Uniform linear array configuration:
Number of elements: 8
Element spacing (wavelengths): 1
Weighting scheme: kaiser
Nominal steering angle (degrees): -30
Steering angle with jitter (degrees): -29.429
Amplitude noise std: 0.05
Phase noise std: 0.05

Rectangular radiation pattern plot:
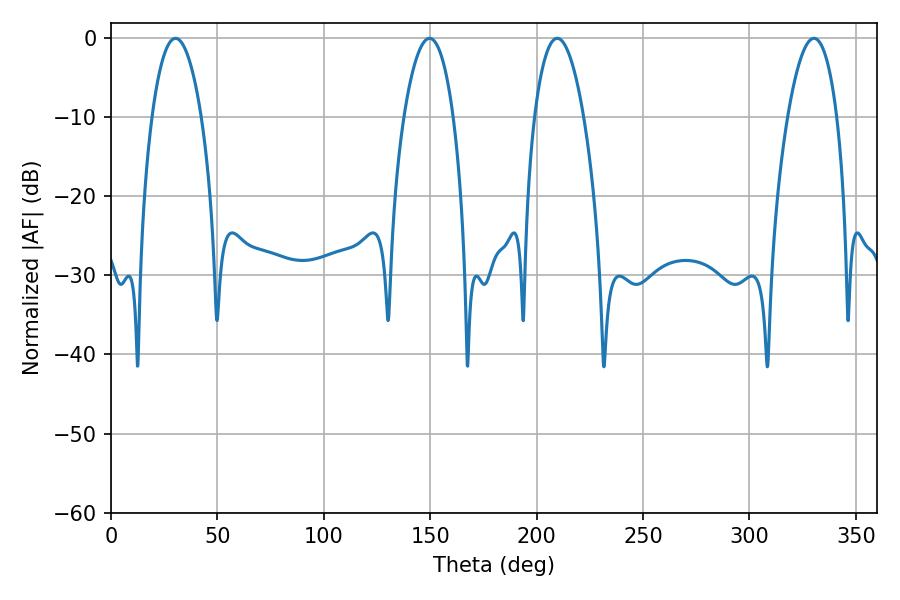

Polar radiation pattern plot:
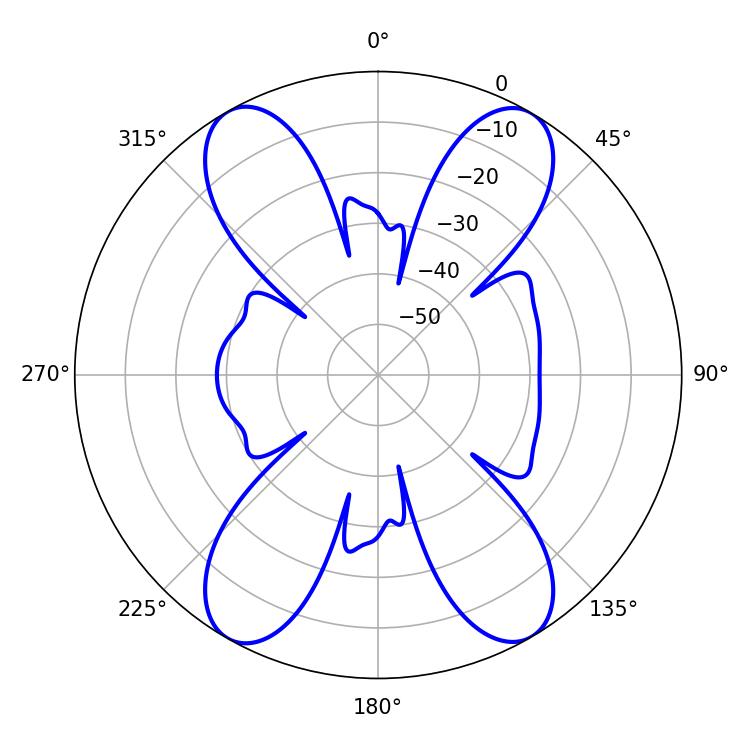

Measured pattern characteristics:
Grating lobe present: TRUE
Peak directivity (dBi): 25.892
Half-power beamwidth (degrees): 12.78
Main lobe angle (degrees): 209.7